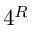
4 ^ { R }